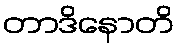
တာဒိနောတိ